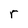
Character: r